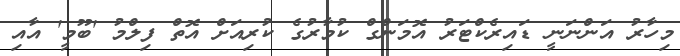
މިހާރު އަންނަނީ ޑައިރެކްޓަރު އޮމަންގް ކުމާރުގެ ކުރިއަށް އޮތް ފިލްމު 'ބޫމީ' އާއި